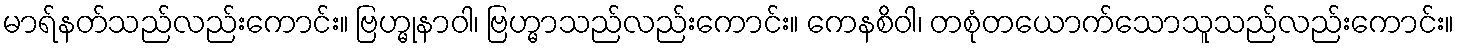
မာရ်နတ်သည်လည်းကောင်း။ ဗြဟ္မုနာဝါ၊ ဗြဟ္မာသည်လည်းကောင်း။ ကေနစိဝါ၊ တစုံတယောက်သောသူသည်လည်းကောင်း။